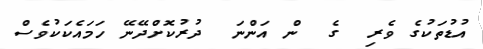
އުޑުތަކުގެ ވެރި  ގެ  ން އަންނަ  ދުރުކޮށްދޭނޭ ހަމައެކަކުވެސް